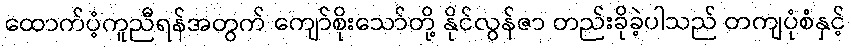
ထောက်ပံ့ကူညီရန်အတွက် ကျော်စိုးသော်တို့ နိုင်လွန်ဇာ တည်းခိုခဲ့ပါသည် တကျပုံစံနှင့်